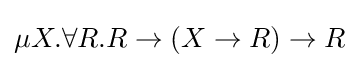
\mu X.\forall R.R\to (X\to R)\to R